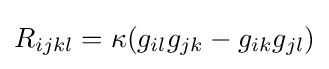
R_{ijkl}=\kappa (g_{il}g_{jk}-g_{ik}g_{jl})